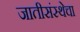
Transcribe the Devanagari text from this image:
जातीसंस्थेचा